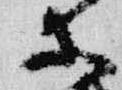
等